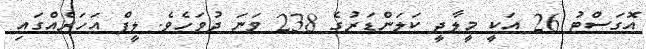
އޮގަސްޓު 26 އަކީ މީލާދީ ކަލަންޑަރުގެ 238 ވަނަ ދުވަހެވެ. ލީޕް އަހަރެއްގައި